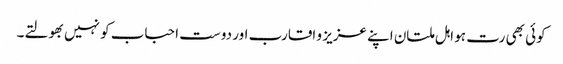
کوئی بھی رت ہو اہل ملتان اپنے عزیز و اقارب اور دوست احباب کو نہیں بھولتے۔